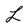
Character: L